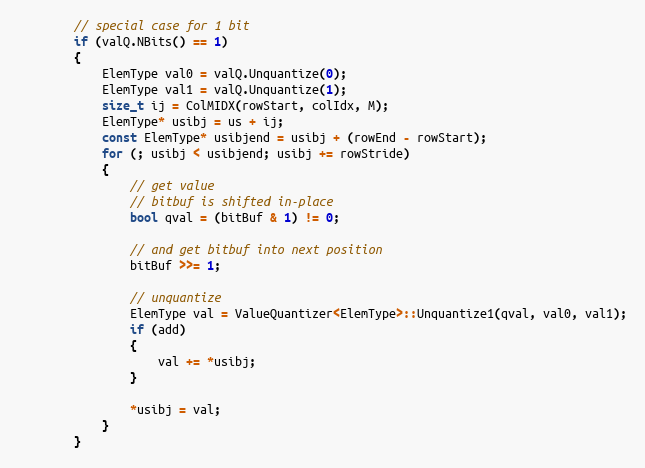
Language: C
        // special case for 1 bit
        if (valQ.NBits() == 1)
        {
            ElemType val0 = valQ.Unquantize(0);
            ElemType val1 = valQ.Unquantize(1);
            size_t ij = ColMIDX(rowStart, colIdx, M);
            ElemType* usibj = us + ij;
            const ElemType* usibjend = usibj + (rowEnd - rowStart);
            for (; usibj < usibjend; usibj += rowStride)
            {
                // get value
                // bitbuf is shifted in-place
                bool qval = (bitBuf & 1) != 0;

                // and get bitbuf into next position
                bitBuf >>= 1;

                // unquantize
                ElemType val = ValueQuantizer<ElemType>::Unquantize1(qval, val0, val1);
                if (add)
                {
                    val += *usibj;
                }

                *usibj = val;
            }
        }